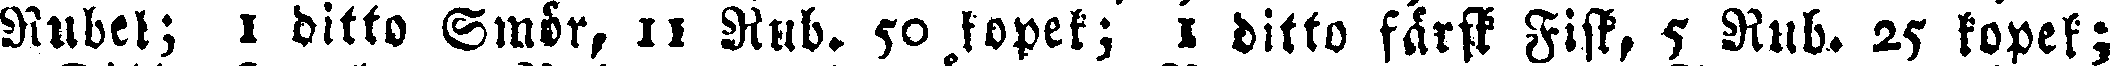
Rubel; 1 ditto Smör, 11 Rub. 50 kopek; 1 ditto färsk Fisk, 5 Rub. 25 kopek;